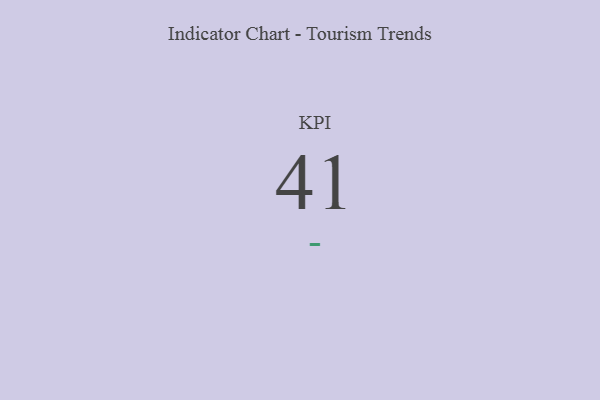
{"axis": {"x": "KPI", "y": "Value"}, "legend": [""], "data": [{"x": "KPI", "y": 41, "type": ""}]}